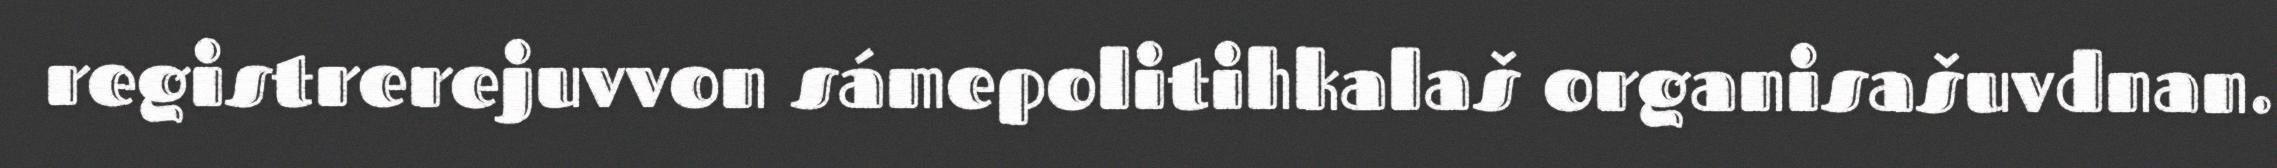
registrerejuvvon sámepolitihkalaš organisašuvdnan.